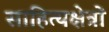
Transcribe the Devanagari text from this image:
साहित्यक्षेत्रों